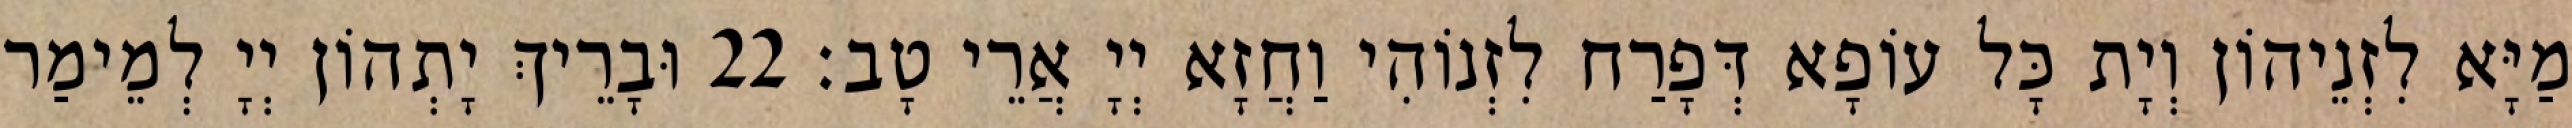
מַיָּא לִזְנֵיהוֹן וְיָת כָּל עוֹפָא דְּפָרַח לִזְנוֹהִי וַחֲזָא יְיָ אֲרֵי טָב׃ 22 וּבָרֵיךְ יָתְהוֹן יְיָ לְמֵימַר